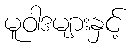
မူဝါဒများနှင့်